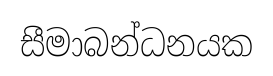
සීමාබන්ධනයක